Vaccination in Bombay 1869-1873 - 1869-1873
Year: 1869
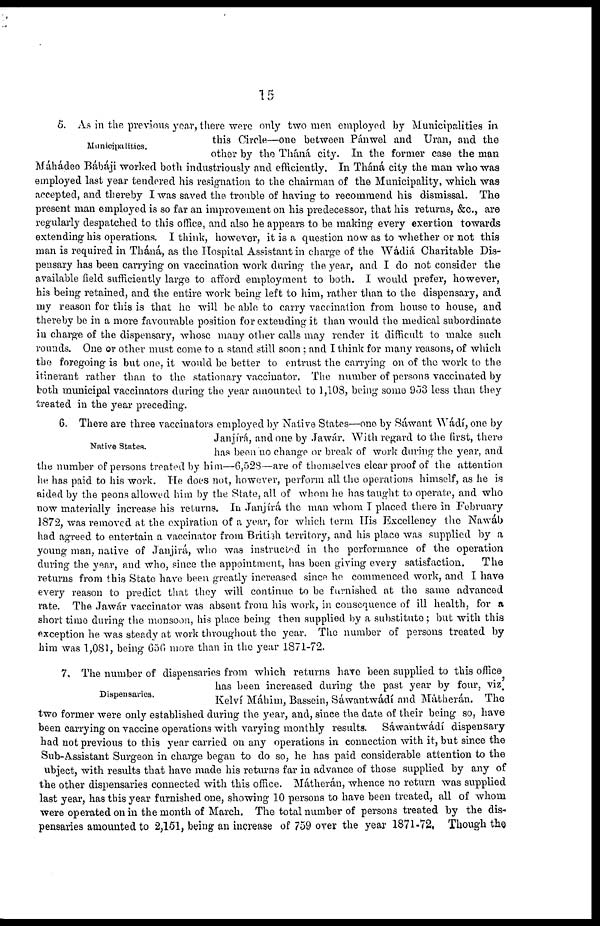
15
Municipalities.
5. As in the previous year, there were only two men employed by Municipalities in
this Circle—one between Pánwel and Uran, and the
other by the Tháná city. In the former case the man
Máhádeo Bábáji worked both industriously and efficiently. In Tháná city the man who was
employed last year tendered his resignation to the chairman of the Municipality, which was
accepted, and thereby I was saved the trouble of having to recommend his dismissal. The
present man employed is so far an improvement on his predecessor, that his returns, &c., are
regularly despatched to this office, and also he appears to be making every exertion towards
extending his operations. I think, however, it is a question now as to whether or not this
man is required in Tháná, as the Hospital Assistant in charge of the Wádiá Charitable Dis-
pensary has been carrying on vaccination work during the year, and I do not consider the
available field sufficiently large to afford employment to both. I would prefer, however,
his being retained, and the entire work being left to him, rather than to the dispensary, and
my reason for this is that he will be able to carry vaccination from house to house, and
thereby be in a more favourable position for extending it than would the medical subordinate
in charge of the dispensary, whose many other calls may render it difficult to make such
rounds. One or other must come to a stand still soon ; and I think for many reasons, of which
the foregoing is but one, it would be better to entrust the carrying on of the work to the
itinerant rather than to the stationary vaccinator. The number of persons vaccinated by
both municipal vaccinators during the year amounted to 1,108, being some 953 less than they
treated in the year preceding.
Native States.
6. There are three vaccinators employed by Native States—one by Sáwant Wádí, one by
Janjírá, and one by Jawár. With regard to the first, there
has been no change or break of work during the year, and
the number of persons treated by him—6,528—are of themselves clear proof of the attention
he has paid to his work. He does not, however, perform all the operations himself, as he is
aided by the peons allowed him by the State, all of whom he has taught to operate, and who
now materially increase his returns. In Janjírá the man whom I placed there in February
1872, was removed at the expiration of a year, for which term His Excellency the Nawáb
had agreed to entertain a vaccinator from British territory, and his place was supplied by a
young man, native of Janjirá, who was instructed in the performance of the operation
during the year, and who, since the appointment, has been giving every satisfaction.
The
returns from this State have been greatly increased since he commenced work, and I have
every reason to predict that they will continue to be furnished at the same advanced
rate. The Jawár vaccinator was absent from his work, in consequence of ill health, for a
short time during the monsoon, his place being then supplied by a substitute ; but with this
exception he was steady at work throughout the year. The number of persons treated by
him was 1,081, being 656 more than in the year 1871-72.
Dispensaries.
7. The number of dispensaries from which returns have been supplied to this office,
has been increased during the past year by four, viz.
Kelví Máhim, Bassein, Sáwantwádí and Mátherán. The
two former were only established during the year, and, since the date of their being so, have
been carrying on vaccine operations with varying monthly results. Sáwantwádí dispensary
had not previous to this year carried on any operations in connection with it, but since the
Sub-Assistant Surgeon in charge began to do so, he has paid considerable attention to the
ubject, with results that have made his returns far in advance of those supplied by any of
the other dispensaries connected with this office. Mátherán, whence no return was supplied
last year, has this year furnished one, showing 10 persons to have been treated, all of whom
were operated on in the month of March. The total number of persons treated by the dis-
pensaries amounted to 2,151, being an increase of 759 over the year 1871-72, Though the